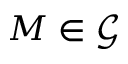
M \in \mathcal G